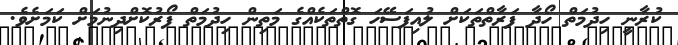
ކުރާނީ ހިދުމަތް ހޯދާ ފަރާތްތަކަށް ލުއިފަސޭހަ ގޮތްތަކެއްގެ މަތިން ހިދުމަތް ފޯރުކޮށްދިނުމަށް ކަމަށެވެ.